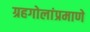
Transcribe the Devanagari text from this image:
ग्रहगोलांप्रमाणे